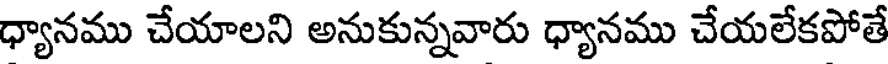
ధ్యానము చేయాలని అనుకున్నవారు ధ్యానము చేయలేకపోతే